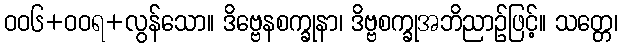
ဝဝ၆+ဝဝရ+လွန်သော။ ဒိဗ္ဗေနစက္ခုနာ၊ ဒိဗ္ဗစက္ခုအဘိညာဉ်ဖြင့်။ သတ္တေ၊